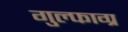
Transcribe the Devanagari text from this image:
गुल्फाग्र